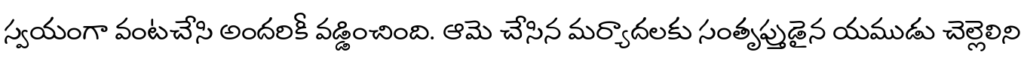
స్వయంగా వంటచేసి అందరికీ వడ్డించింది. ఆమె చేసిన మర్యాదలకు సంతృప్తుడైన యముడు చెల్లెలిని